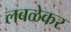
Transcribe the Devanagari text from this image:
लबळेकर